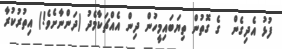
ފުޅު އެދިގެން  ގެ ގޮތުން ތިޔަބައިމީހުން ދިން އެއްޗަކާމެދު (ދަންނާށެވެ!) އިތުރުކުރާ